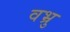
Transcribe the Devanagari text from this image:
वभ्रु